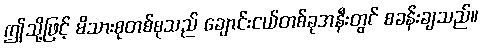
ဤသို့ဖြင့် မိသားစုတစ်စုသည် ချောင်းငယ်တစ်ခုအနီးတွင် စခန်းချသည်။